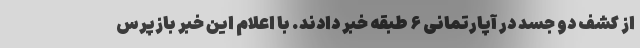
از کشف دو جسد در آپارتمانی ۶ طبقه خبر دادند. با اعلام این خبر بازپرس